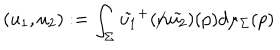
( u _ { 1 } , u _ { 2 } ) : = \int _ { \Sigma } \tilde { u _ { 1 } } ^ { + } ( { \not n } \tilde { u _ { 2 } } ) ( p ) d \mu _ { \Sigma } ( p )